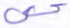
حي